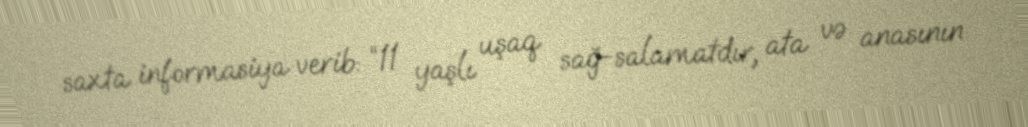
saxta informasiya verib: “11 yaşlı uşaq sağ-salamatdır, ata və anasının